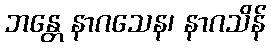
ဘန္တေ နာဂသေန၊ နာဂသိန်